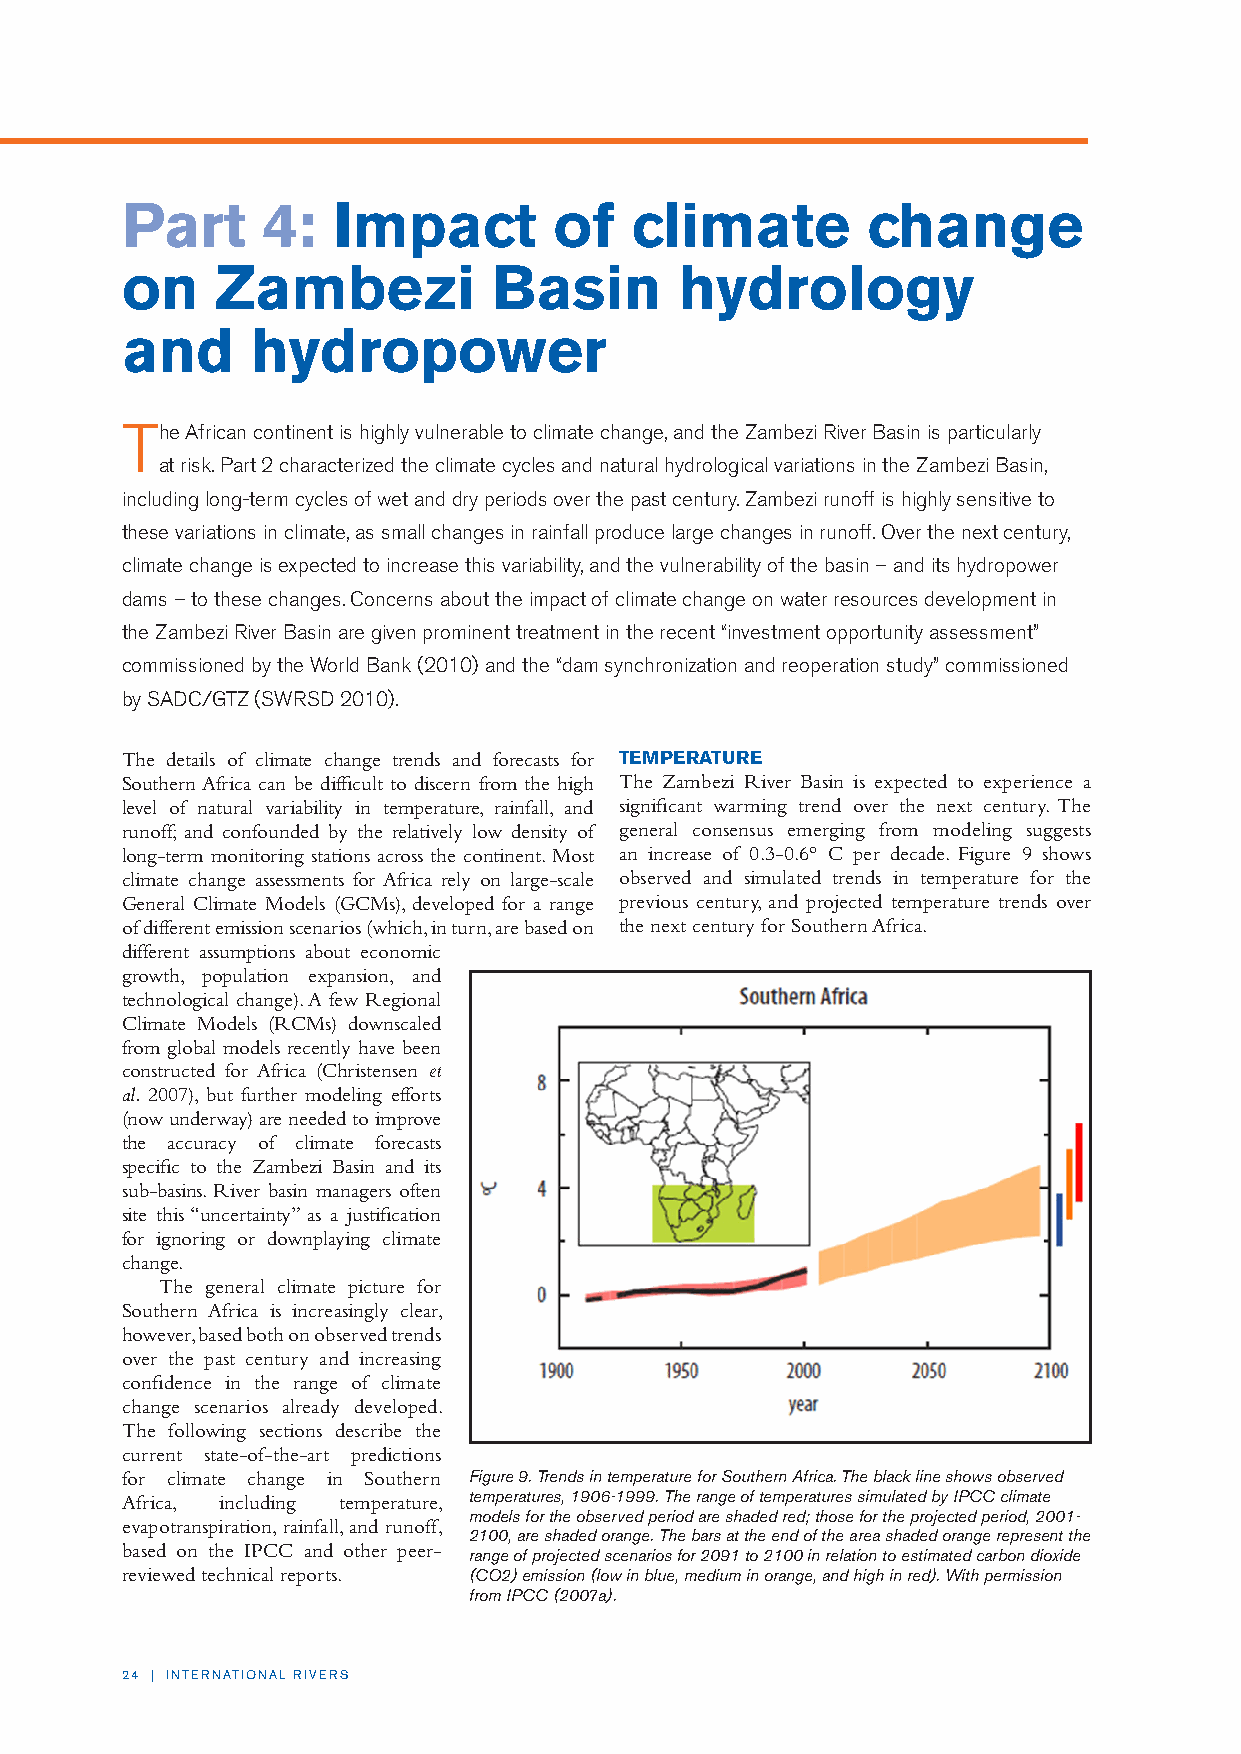
Part     4:   Impact         of   climate        change
 on    Zambezi            Basin       hydrology
 and      hydropower
 The African continent is highly vulnerable to climate change, and the Zambezi River Basin is particularly
 at risk. Part 2 characterized the climate cycles and natural hydrological variations in the Zambezi Basin,
 including long-term cycles of wet and dry periods over the past century. Zambezi runoff is highly sensitive to
 these variations in climate, as small changes in rainfall produce large changes in runoff. Over the next century,
 climate change is expected to increase this variability, and the vulnerability of the basin – and its hydropower
 dams – to these changes. Concerns about the impact of climate change on water resources development in
 the Zambezi River Basin are given prominent treatment in the recent “investment opportunity assessment”
 commissioned by the World Bank (2010) and the “dam synchronization and reoperation study” commissioned
 by SADC/GTZ (SWRSD 2010).
 The details of climate change trends and forecasts for TEMPERATURE
 Southern Africa can be difficult to discern from the high The Zambezi River Basin is expected to experience a
 level of natural variability in temperature, rainfall, and significant warming trend over the next century. The
 runoff; and confounded by the relatively low density of general consensus emerging from modeling suggests
 long-term monitoring stations across the continent. Most an increase of 0.3-0.6° C per decade. Figure 9 shows
 climate change assessments for Africa rely on large-scale observed and simulated trends in temperature for the
 General Climate Models (GCMs), developed for a range previous century, and projected temperature trends over
 of different emission scenarios (which, in turn, are based on the next century for Southern Africa.
 different assumptions about economic
 growth, population expansion, and
 technological change). A few Regional
 Climate Models (RCMs) downscaled
 from global models recently have been
 constructed for Africa (Christensen et
 al. 2007), but further modeling efforts
 (now underway) are needed to improve
 the accuracy of climate forecasts
 specific to the Zambezi Basin and its
 sub-basins. River basin managers often
 site this “uncertainty” as a justification
 for ignoring or downplaying climate
 change.
 The general climate picture for
 Southern Africa is increasingly clear,
 however, based both on observed trends
 over the past century and increasing
 confidence in the range of climate
 change scenarios already developed.
 The following sections describe the
 current state-of-the-art predictions
 for climate change in Southern Figure 9. Trends in temperature for Southern Africa. The black line shows observed
 Africa, including temperature, temperatures, 1906-1999. The range of temperatures simulated by IPCC climate
 models for the observed period are shaded red; those for the projected period, 2001-
 evapotranspiration, rainfall, and runoff,
 2100, are shaded orange. The bars at the end of the area shaded orange represent the
 based on the IPCC and other peer-
 range of projected scenarios for 2091 to 2100 in relation to estimated carbon dioxide
 reviewed technical reports. (CO2) emission (low in blue, medium in orange, and high in red). With permission
 from IPCC (2007a).
 24 | INTERNATIONAL RIVERS